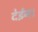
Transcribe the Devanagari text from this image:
देईन।